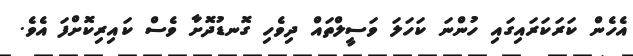
އެހެން ކަރަކަރައިގައި ހުންނަ ކަހަލަ ވަސީލްތައް ދިވެހި ގޮނޑުދޮށާ ވެސް ކައިރިކޮށްފަ އެވެ.